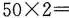
$$5 0 \times 2 =$$